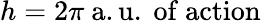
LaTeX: h=2\pi{\mathrm{~a.u.~of~action}}